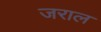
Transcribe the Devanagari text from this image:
जराल